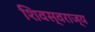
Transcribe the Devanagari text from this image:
शिवस्वराज्य